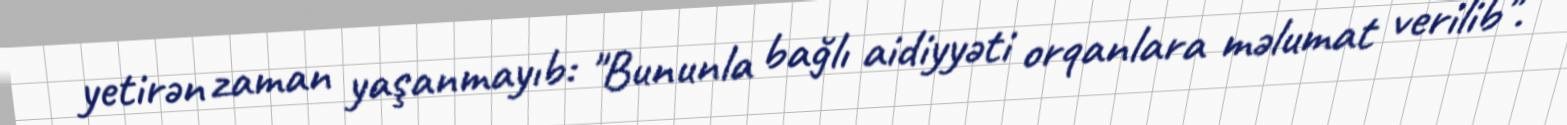
yetirən zaman yaşanmayıb: "Bununla bağlı aidiyyəti orqanlara məlumat verilib".